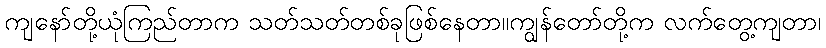
ကျနော်တို့ယုံကြည်တာက သတ်သတ်တစ်ခုဖြစ်နေတာ။ကျွန်တော်တို့က လက်တွေ့ကျတာ၊